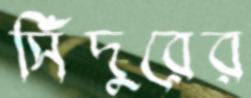
সিঁদুরের